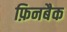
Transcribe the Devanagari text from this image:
फ़िनबैक